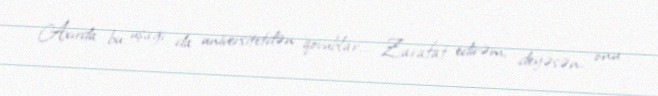
Axırda bu uşağı da universitetdən qovublar... Zarafat edirəm, deyəsən, onu